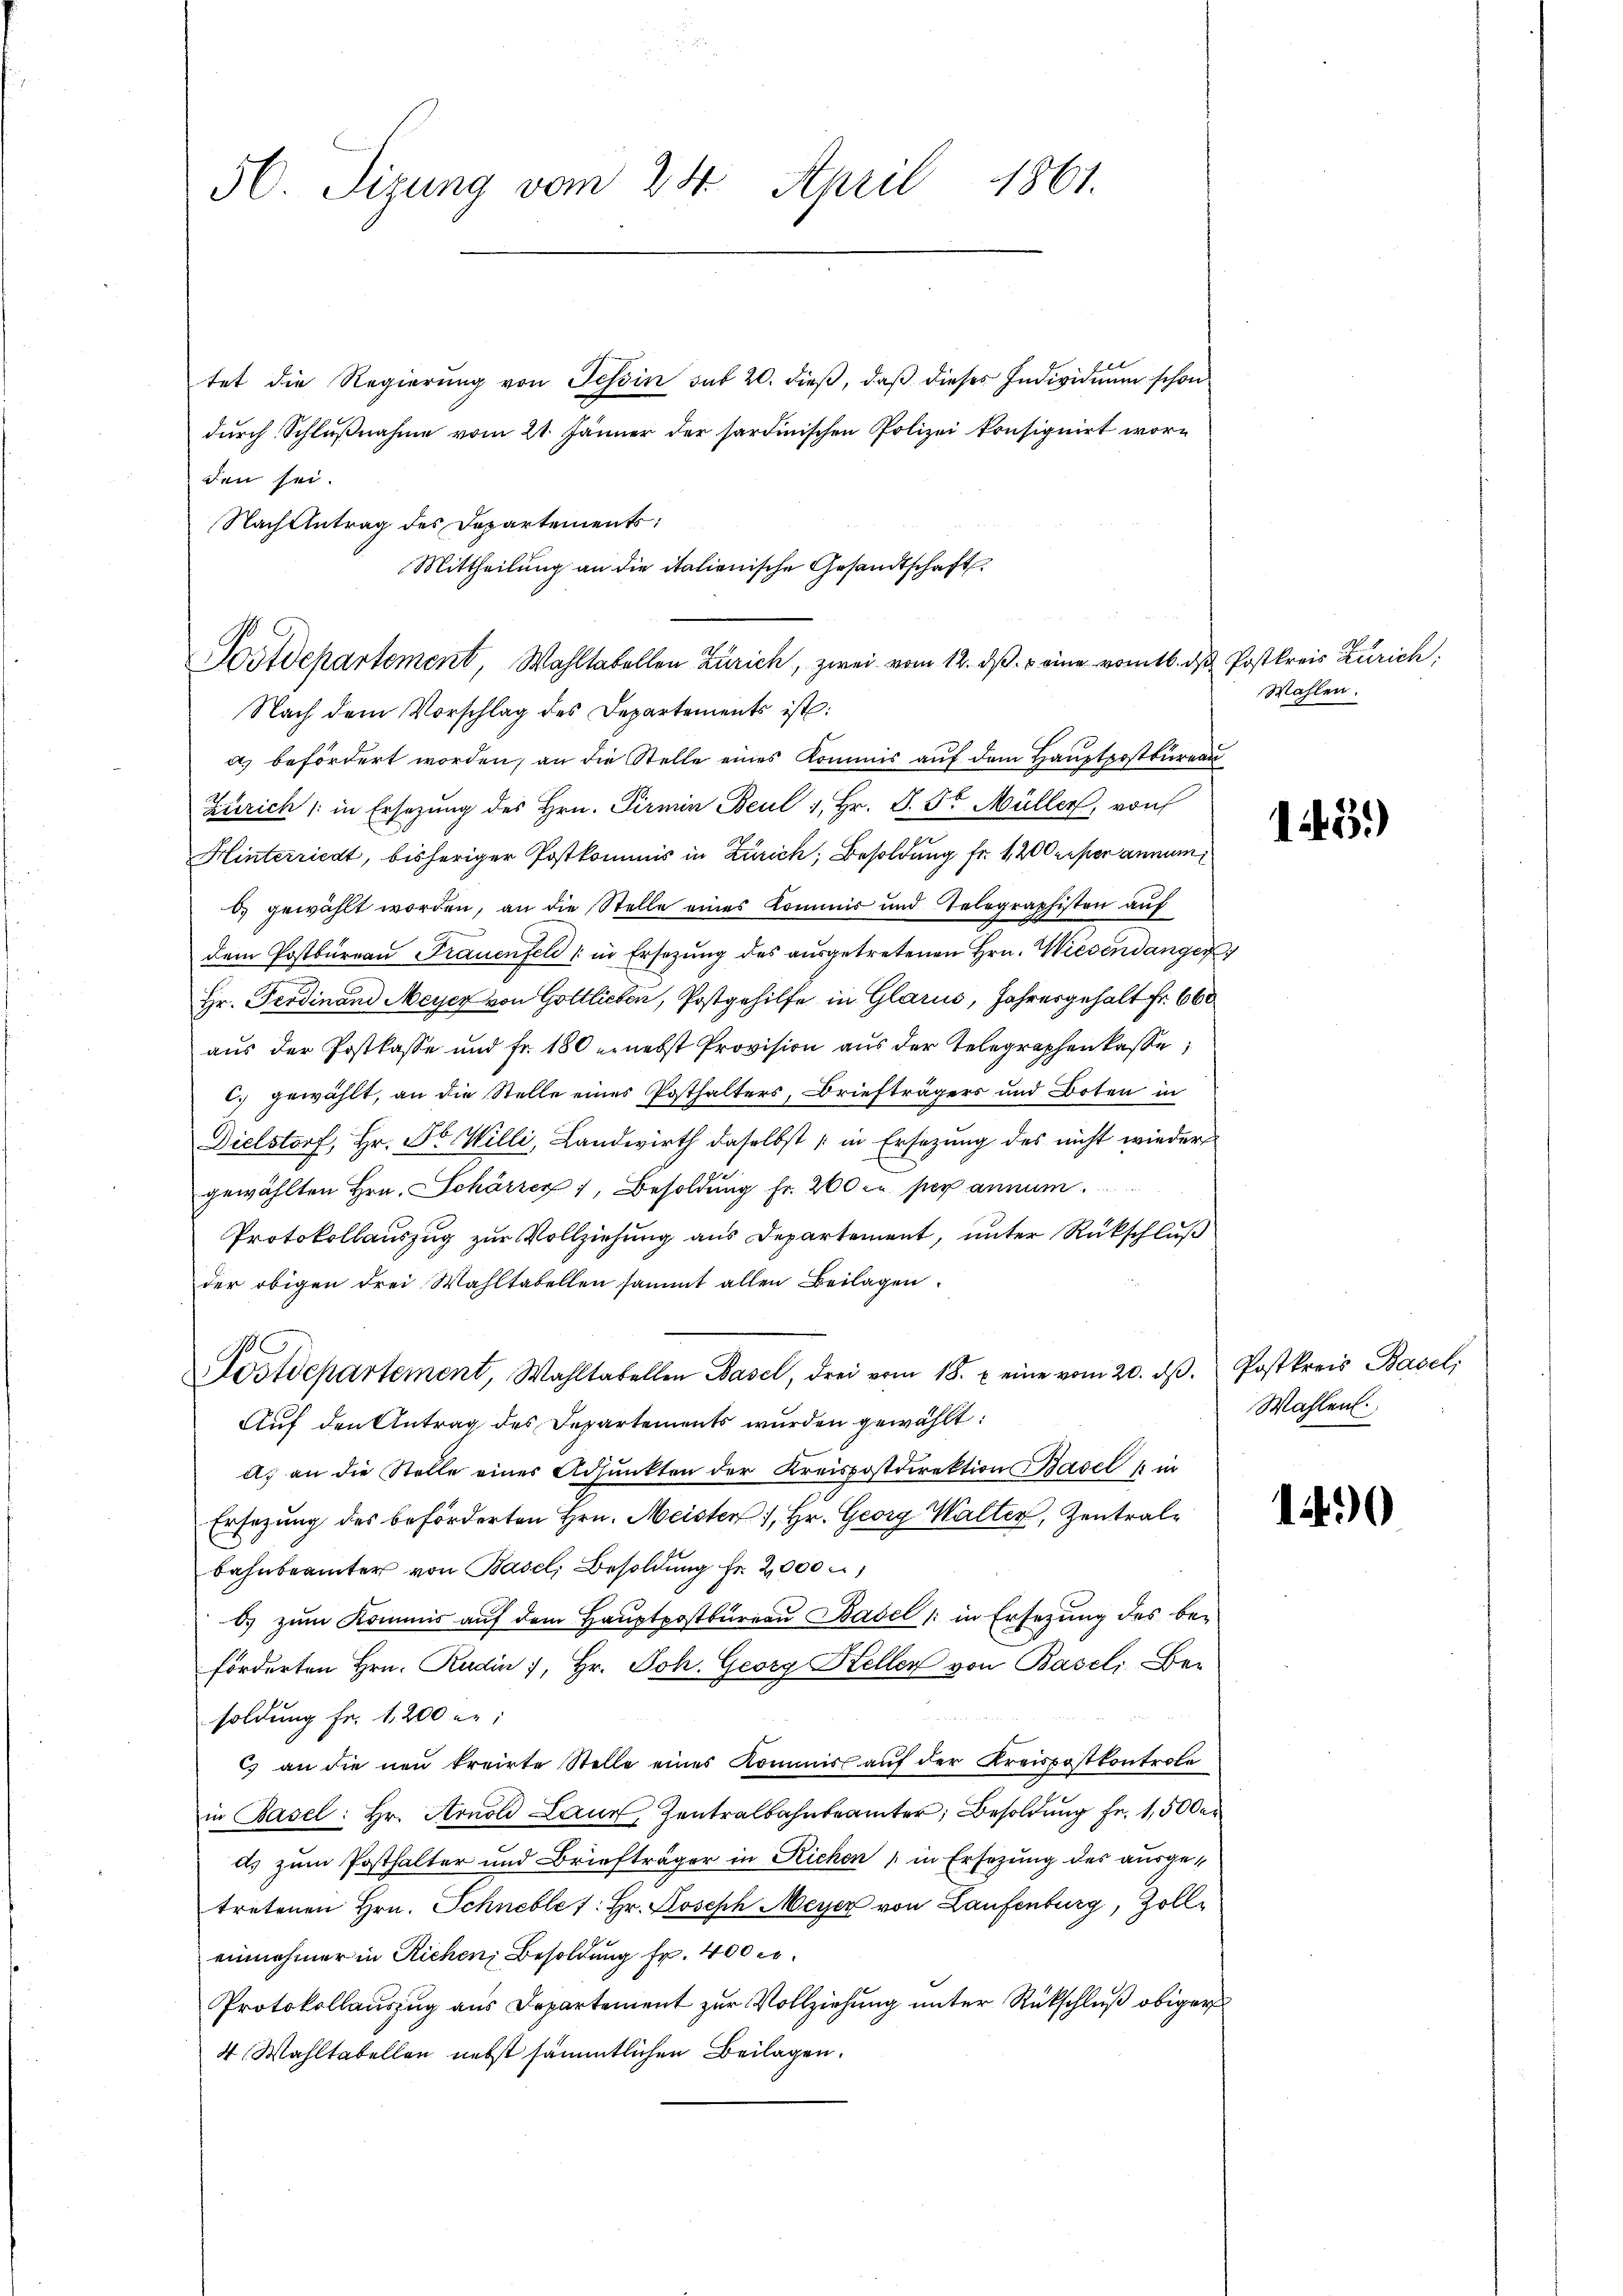
50. Sizung vom 24. April 1861.

tet die Regierung von Tessin sub 20. dieβ, daβ dieses Individuum schon
durch Schlußnahme vom 21. Jänner der sardinischen Polizei konsignirt worden sei.
Mittheilung an die italienische Gesandtschaft
Postdepartement, Wahltabellen Zürich, zwei vom 12. ds. eine vom 16. ds Postkreis Zürich:
Nach dem Vorschlag des Departements ist:
a) befördert worden, an die Stelle eines Kommis auf dem Hauptpostkuren
Zürich in Ersezung des Hrn. Pirmin Beul 1, Hr. J. St. Müller, von
Hinterricht, bisheriger Postkommis in Zürich, Besoldung fr. 1200 reper annum¬
6) gewählt worden, an die Stelle eines Kommis und Telegraphisten auf
dem Postbüreaŭ Frauenfeld in Ersetzŭng des aŭsgetretenen Hrn. Wiesendangen
Hr. Ferdinand Meyer von Gottlieben, Postgehilfe in Glarus, Jahresgehalt fr. 660
aus der Postkasse und fr. 180 ernebst Provision aus der Telegraphenkasse
2) gewählt, an die Stelle eines Posthalters, Briefträgers und Boten in
Dielstorf, Hr. Fr. Willi, Landwirth daselbst in Ersezung des nicht wieder
gewählten Hrn. Schärrer, Besoldung fr. 260 ce per annum.
Protokollauszug zur Vollziehung aus Departement, unter Rückschluß
der obigen drei Wahltabellen sammt allen Beilagen.
Postdepartement, Wahltabellen Basel, drei vom 18. u eine vom 20. dβ. Postkreis Basel,
Auf den Antrag des Departements wurden gewählt:
A. an die Stelle eines Adjunkten der Kreispostdirektion Basel 1 in
Ersezung des beförderten Hrn. Meister 1, Hr. Georg Walter, Zentralbahnbrämter von Basel, Besoldung Fr. 2,000 u
b. zum Kommis auf dem Hauptpostbureau Basel (: in Ersezung des beförderten Hrn. Rudin 7, Hr. Joh. Georg Keller von Basel, Ber
soldung Fr. 1200 er:
c) an die neu kreirte Stelle eines Kommiss auf der Kreispostkontrole
in Basel: Hr. Arnold Laur, Zentralbahnbeamter Besoldung Fr. 1,500
ds zum Posthalter und Briefträger in Richen in Ersezung des ausgetretenen Hrn. Schneble /: Hr. Joseph Meyer von Laufenburg, Zolleinnahmer in Richen Besoldung fr. 400 c.
Protokollauszug aus Departement zur Vollziehung unter Rückschluß obiger
4 Wahltabellen nebst sämmtlichen Beilagen.

Nach Antrag des Departements:

Wahlen.

Wahlen.

143.)

140